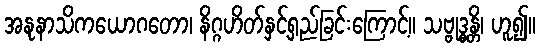
အနုနာသိကယောဂတော၊ နိဂ္ဂဟိတ်နှင့်ရှည်ခြင်းကြောင့်။ သဗ္ဗုဒ္ဓန္တိ၊ ဟူ၍။